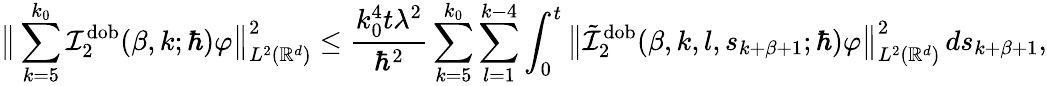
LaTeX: \big\lVert\sum_{k=5}^{k_{0}}\mathcal{I}_{2}^{\mathrm{dob}}(\beta,k;\hbar)\varphi\big\rVert_{L^{2}(\mathbb{R}^{d})}^{2}\leq\frac{k_{0}^{4}t\lambda^{2}}{\hbar^{2}}\sum_{k=5}^{k_{0}}\sum_{l=1}^{k-4}\int_{0}^{t}\big\lVert\tilde{\mathcal{I}}_{2}^{\mathrm{dob}}(\beta,k,l,s_{k+\beta+1};\hbar)\varphi\big\rVert_{L^{2}(\mathbb{R}^{d})}^{2}\, ds_{k+\beta+1},